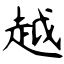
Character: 越